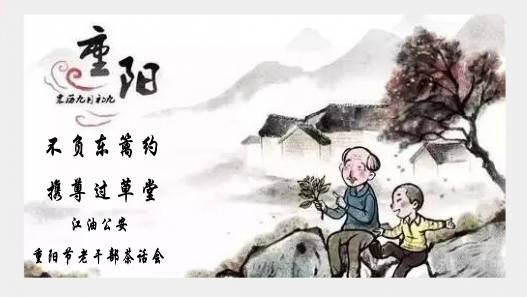
不负东篱约，携尊过草堂。